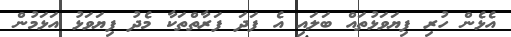
އެޅެން ހުރި ފިޔަވަޅުތައް ބަލައި އެ ފަދަ ފަރާތްތަކާ މެދު ފިޔަވަޅު އަޅަމުުން